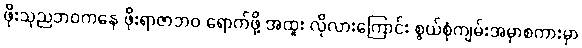
ဖိုးသုညဘဝကနေ ဖိုးရာဇာဘဝ ရောက်ဖို့ အထူး လိုလားကြောင်း စွယ်စုံကျမ်းအမှာစကားမှာ